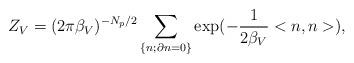
LaTeX: \begin{align*}Z_V = (2\pi {\beta}_V)^{-N_p/2} \sum_{\left\{ n; \partial n = 0 \right\}}\exp(-\frac{1}{2{\beta}_V}<n,n>),\end{align*}